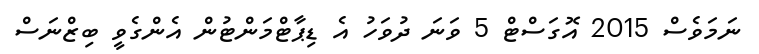
ނަމަވެސް 2015 އޮގަސްޓް 5 ވަނަ ދުވަހު އެ ޑިޕާޓްމަންޓުން އެންގެވީ ބިޒްނަސް